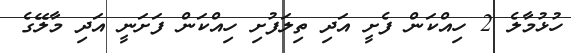
ހުޅުމާލެ 2 ހިއްކަން ފެށީ އަދި ތިލަފުށި ހިއްކަން ފަށަނީ އަދި މާލޭގެ